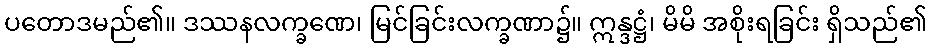
ပတောဒမည်၏။ ဒဿနလက္ခဏေ၊ မြင်ခြင်းလက္ခဏာ၌။ ဣန္ဒဋ္ဌံ၊ မိမိ အစိုးရခြင်း ရှိသည်၏